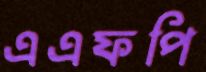
এএফপি